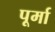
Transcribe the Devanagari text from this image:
पूर्मा